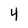
Character: 4